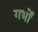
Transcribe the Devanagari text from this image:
गर्भों